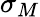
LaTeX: \sigma_{M}